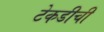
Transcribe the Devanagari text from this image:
टेकडीची